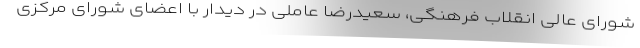
شورای عالی انقلاب فرهنگی، سعیدرضا عاملی در دیدار با اعضای شورای مرکزی